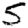
Digit: 5